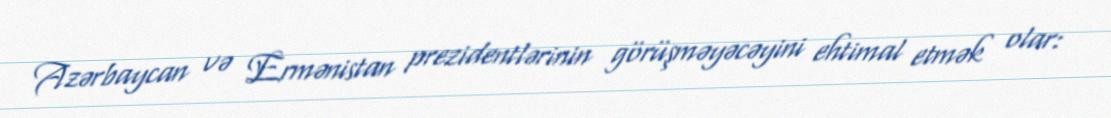
Azərbaycan və Ermənistan prezidentlərinin görüşməyəcəyini ehtimal etmək olar: